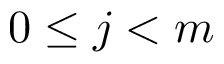
0 \leq j < m